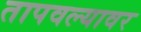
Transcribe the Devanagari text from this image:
तापवल्यावर